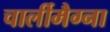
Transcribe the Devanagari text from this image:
चार्लीमैग्ना